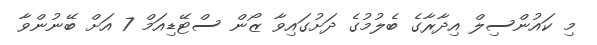
މި ކައުންސިލް އިދާރާގެ ބެލުމުގެ ދަށުގައިވާ ޒޯން ސްޓޭޑިއަމް 7 އަށް ބޭނުންވާ